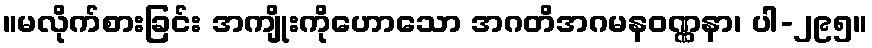
။မလိုက်စားခြင်း အကျိုးကိုဟောသော အဂတိအဂမနဝဏ္ဏနာ၊ ပါ-၂၉၅။